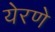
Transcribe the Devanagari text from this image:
येरणे